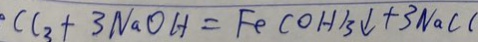
C l _ { 3 } + 3 N a O H = F e ( O H ) _ { 3 } \downarrow + 3 N a C l